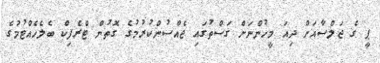
ޕީ ގެ ޖަލްސާއަށް ދިއަ މީހުންނަށް ގަސްތުގައި ޖެއްސުންކުރުމުގެ ގޮތުން ޓްރެފިކް ބެލެހެއްޓުމުގެ